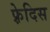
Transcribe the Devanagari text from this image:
फ़्रेदिस